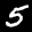
Digit: 5